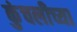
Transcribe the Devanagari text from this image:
कुंचलीच्या